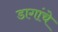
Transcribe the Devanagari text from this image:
डागांचे